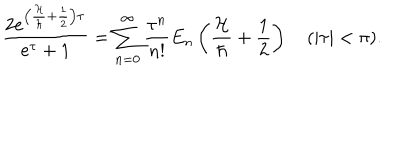
LaTeX: { \frac { 2 e ^ { \left( { \frac { \cal H } { \hbar } } + { \frac { 1 } { 2 } } \right) \tau } } { e ^ { \tau } + 1 } } = \sum _ { n = 0 } ^ { \infty } { \frac { \tau ^ { n } } { n ! } } E _ { n } \left( { \frac { \cal H } { \hbar } } + { \frac { 1 } { 2 } } \right) \quad ( | \tau | < \pi ) .